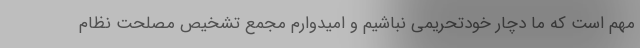
مهم است که ما دچار خودتحریمی نباشیم و امیدوارم مجمع تشخیص مصلحت نظام